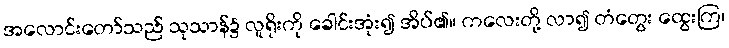
အလောင်းတော်သည် သုသာန်၌ လူရိုးကို ခေါင်းအုံး၍ အိပ်၏။ ကလေးတို့ လာ၍ တံတွေး ထွေးကြ၊